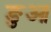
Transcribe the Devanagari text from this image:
ङुआ